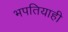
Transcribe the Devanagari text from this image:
भपतियाही